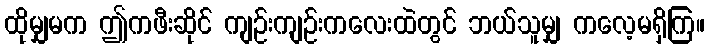
ထိုမျှမက ဤကဖီးဆိုင် ကျဉ်းကျဉ်းကလေးထဲတွင် ဘယ်သူမျှ ကလေ့မရှိကြ။